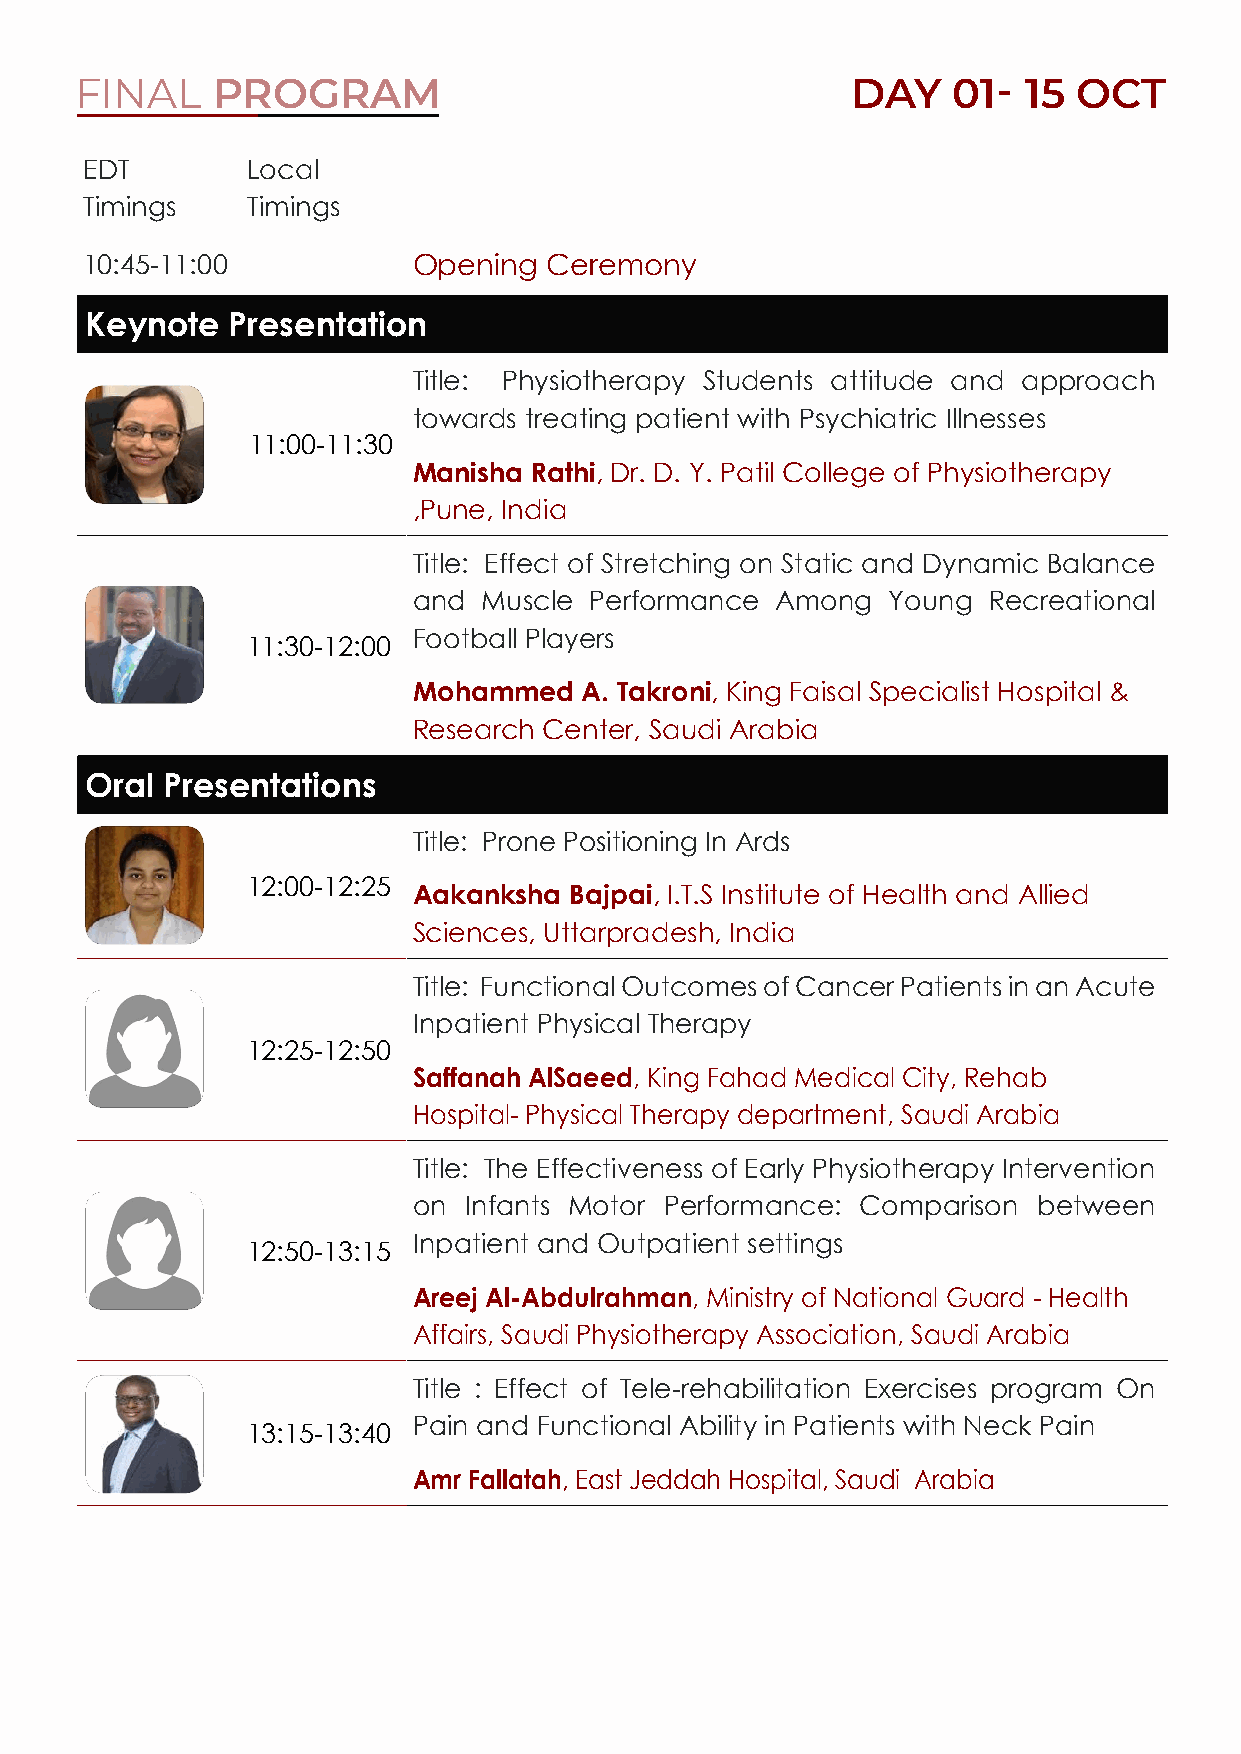
FINAL    PROGRAM                                   DAY    01-  15 OCT
 EDT       Local
 Timings   Timings
 10:45-11:00          Opening  Ceremony
 Keynote  Presentation
 Title: Physiotherapy Students attitude and approach
 towards treating patient with Psychiatric Illnesses
 11:00-11:30
 Manisha Rathi, Dr. D. Y. Patil College of Physiotherapy
 ,Pune, India
 Title: Effect of Stretching on Static and Dynamic Balance
 and  Muscle Performance Among   Young Recreational
 Football Players
 11:30-12:00
 Mohammed    A. Takroni, King Faisal Specialist Hospital &
 Research Center, Saudi Arabia
 Oral Presentations
 Title: Prone Positioning In Ards
 12:00-12:25
 Aakanksha  Bajpai, I.T.S Institute of Health and Allied
 Sciences, Uttarpradesh, India
 Title: Functional Outcomes of Cancer Patients in an Acute
 Inpatient Physical Therapy
 12:25-12:50
 Saffanah AlSaeed, King Fahad Medical City, Rehab
 Hospital- Physical Therapy department, Saudi Arabia
 Title: The Effectiveness of Early Physiotherapy Intervention
 on  Infants Motor Performance: Comparison between
 Inpatient and Outpatient settings
 12:50-13:15
 Areej Al-Abdulrahman, Ministry of National Guard - Health
 Affairs, Saudi Physiotherapy Association, Saudi Arabia
 Title : Effect of Tele-rehabilitation Exercises program On
 Pain and Functional Ability in Patients with Neck Pain
 13:15-13:40
 Amr Fallatah, East Jeddah Hospital, Saudi Arabia